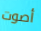
أصوت